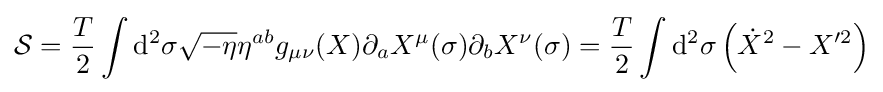
{\mathcal {S}}={T \over 2}\int \mathrm {d} ^{2}\sigma {\sqrt {-\eta }}\eta ^{ab}g_{\mu \nu }(X)\partial _{a}X^{\mu }(\sigma )\partial _{b}X^{\nu }(\sigma )={T \over 2}\int \mathrm {d} ^{2}\sigma \left({\dot {X}}^{2}-X'^{2}\right)